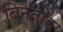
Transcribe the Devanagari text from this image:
बिनतोड